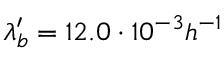
\lambda _ { b } ^ { \prime } = 1 2 . 0 \cdot 1 0 ^ { - 3 } h ^ { - 1 }